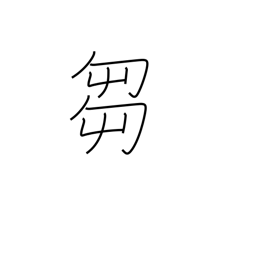
Meaning: grass cutting